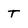
Character: T